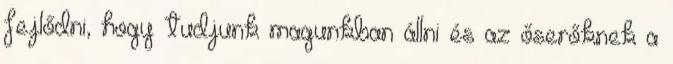
fejlődni, hogy tudjunk magunkban állni és az őserőknek a